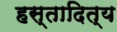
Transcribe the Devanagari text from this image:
हस्तादित्य